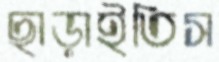
ছাড়াইতিস